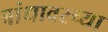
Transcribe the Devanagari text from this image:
बांधावरच्या